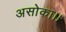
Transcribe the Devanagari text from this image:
असोका।।